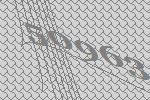
50963